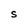
Character: S